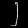
Digit: ၂